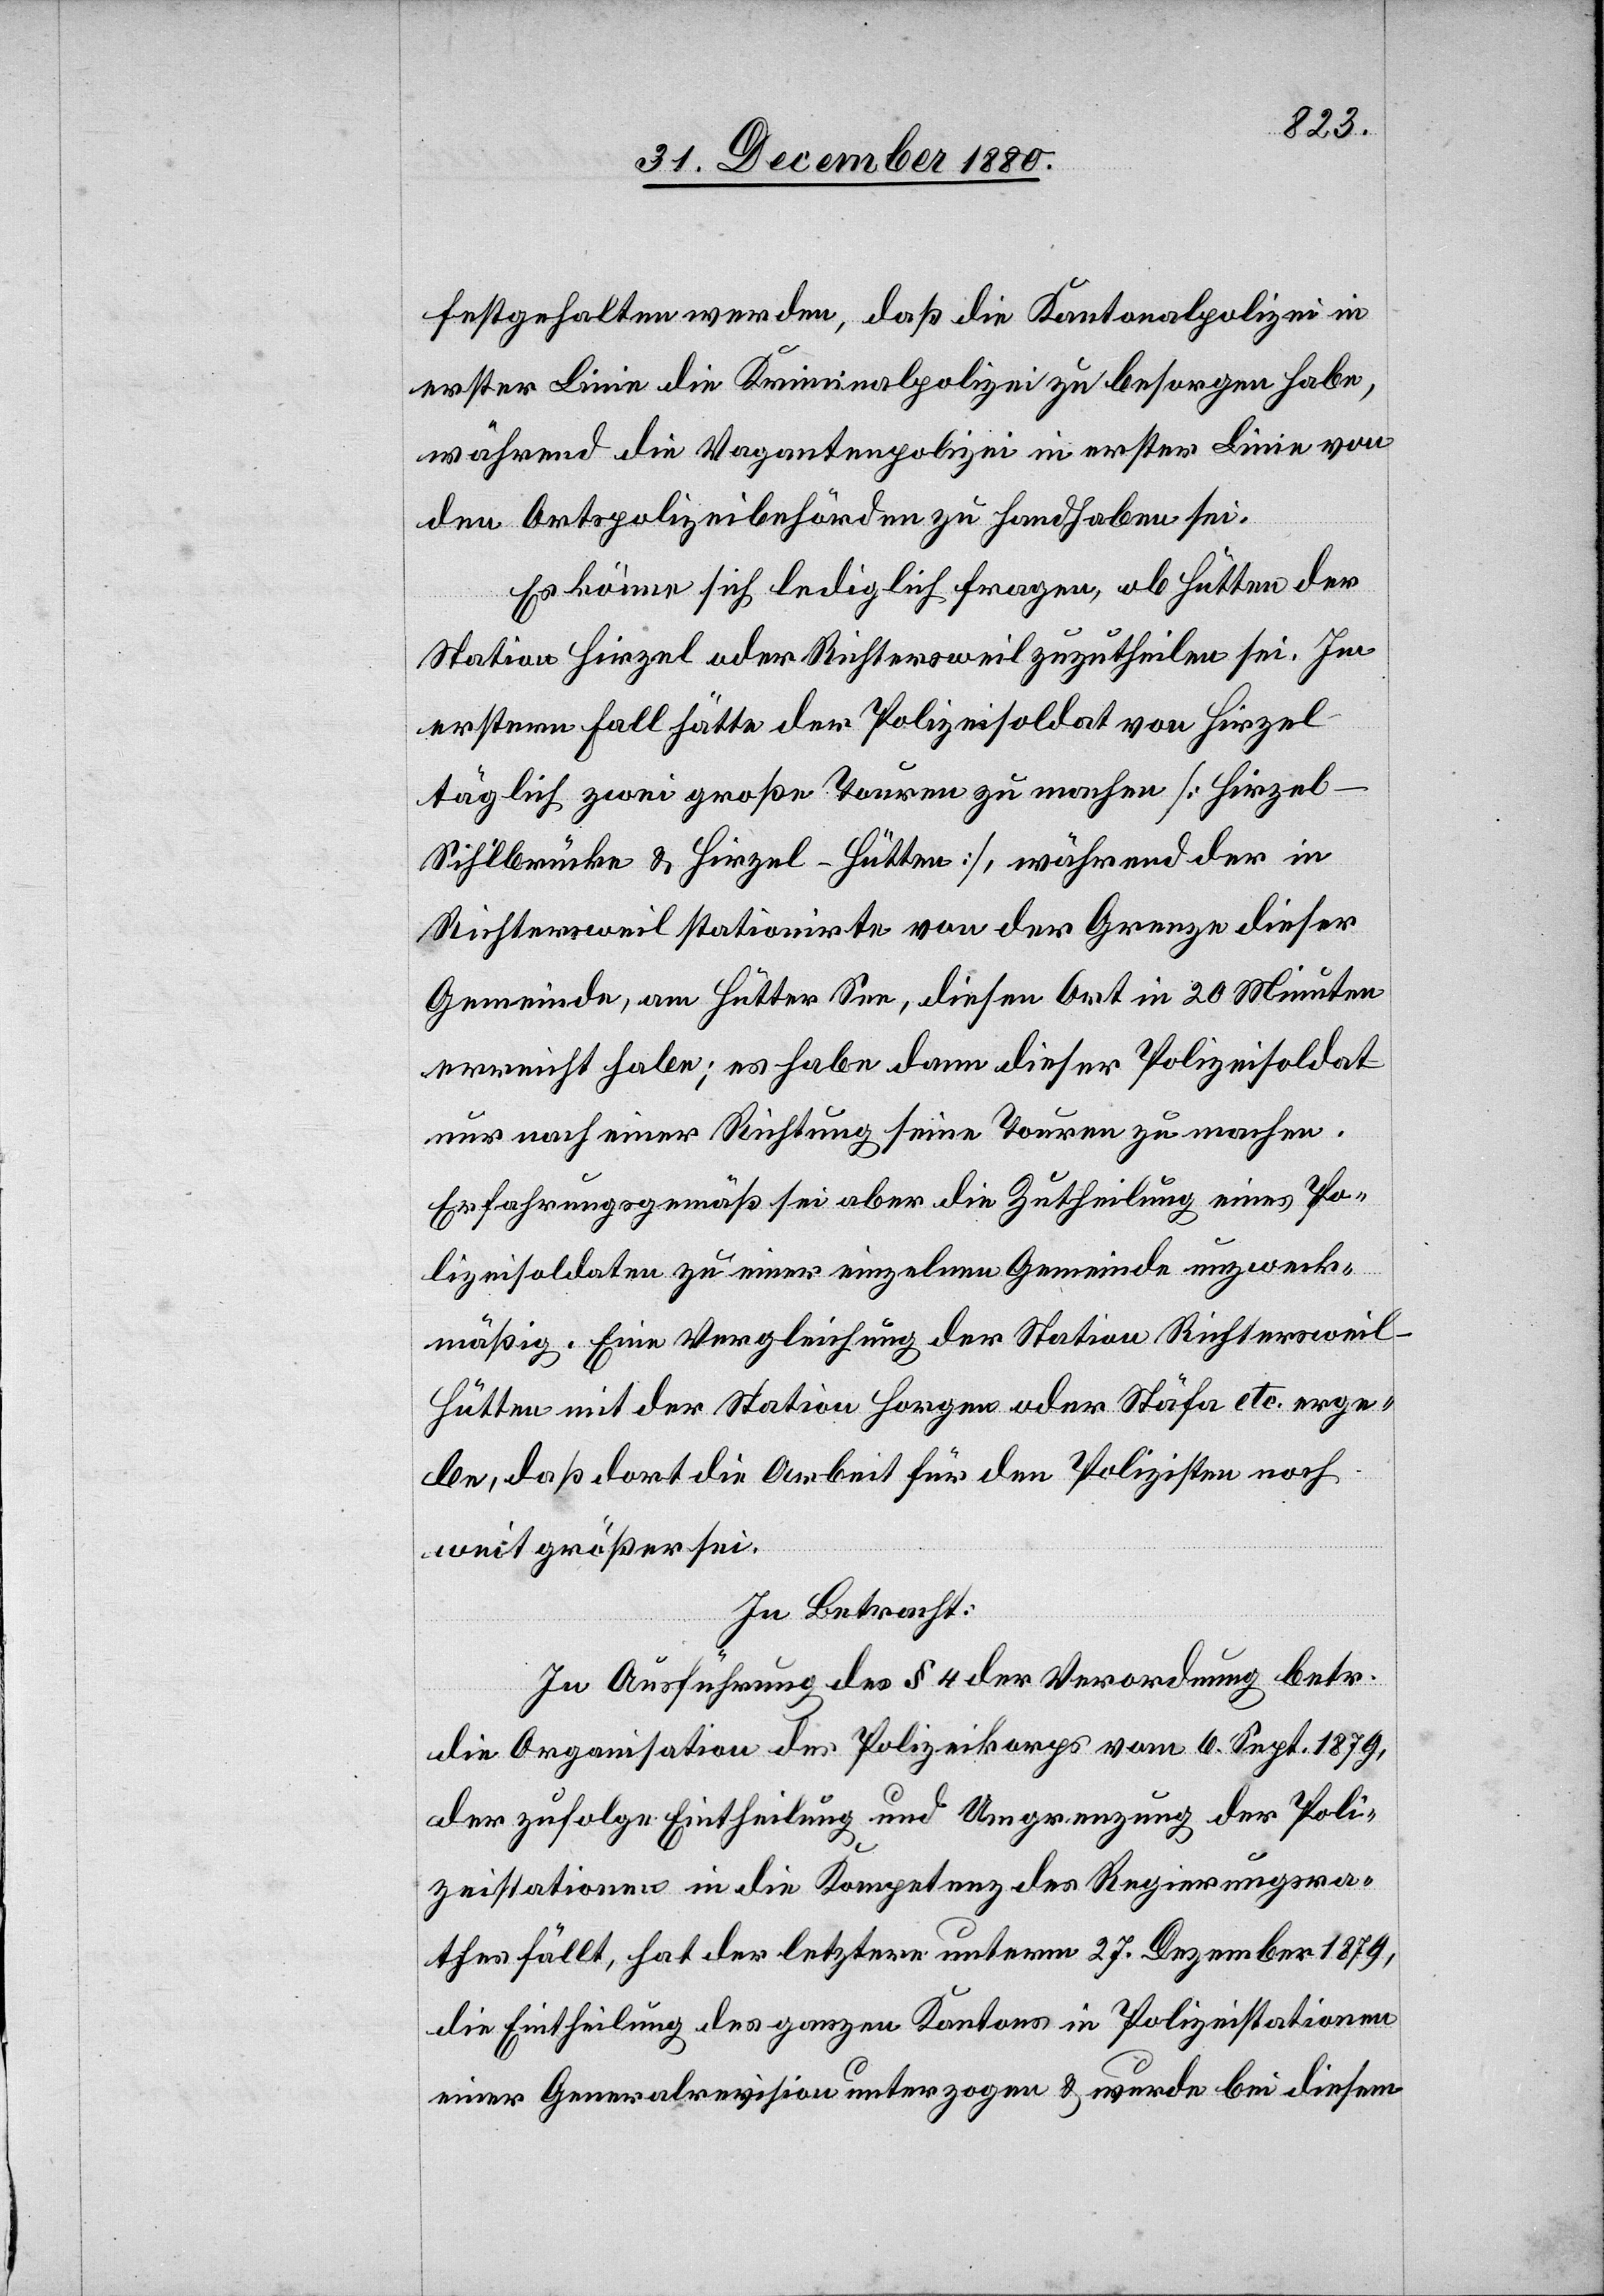
festgehalten werden, daß die Kantonspolizei in
erster Linie die Kriminalpolizei zu besorgen habe,
während die Vagantenpolizei in erster Linie von
den Ortspolizeibehörden zu handhaben sei.
Es könne sich lediglich fragen, ob Hütten der
Station Hirzel oder Richtersweil zuzutheilen sei. Im
erstern Fall hätte der Polizeisoldat von Hirzel
täglich zwei große Touren zu machen [Hirze¬
l–Sihlbrücke & Hirzel–Hütten], während der in
Richtersweil stationirte von der Grenze dieser
Gemeinde, am Hütter See, diesen Ort in 20 Minuten
erreicht habe; es habe dann dieser Polizeisoldat
nur nach einer Richtung seine Touren zu machen.
Erfahrungsgemäß sei aber die Zutheilung eines Po¬
lizeisoldaten zu einer einzelnen Gemeinde unzweck¬
mäßig. Eine Vergleichung der Station Richtersweil-H¬
ütten mit der Station Horgen oder Stäfa etc. erge¬
be, daß dort die Arbeit für den Polizisten noch
weit größer sei.
In Betracht:
In Ausführung des § 4 der Verordnung betr.
die Organisation des Polizeikorps vom 6. Sept. 1879,
der zufolge Eintheilung und Umgrenzung der Poli¬
zeistationen in die Kompetenz des Regierungsra¬
thes fällt, hat der letztere unterm 27. Dezember 1879,
die Eintheilung des ganzen Kantons in Polizeistationen
einer Generalrevision unterzogen & wurde bei diesem